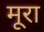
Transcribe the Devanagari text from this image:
मूरा